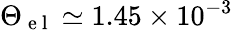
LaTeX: \Theta_{\mathrm{~e~l~}}\simeq 1.45\times 10^{-3}